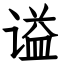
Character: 谥